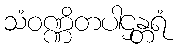
သံဝဏ္ဏိတပါဌန္တရံ